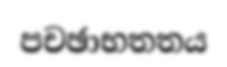
පචඡාභතතය